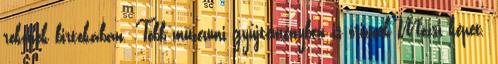
rokonok birtokában. Több múzeumi gyűjteményben is őriznek Mózsi képet.